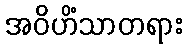
အဝိဟိံသာတရား